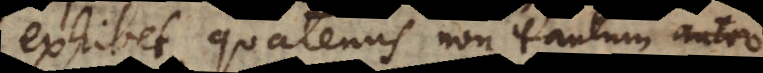
exhibet, quatenus non tantum autor